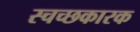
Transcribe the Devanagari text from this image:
स्चच्छकारक